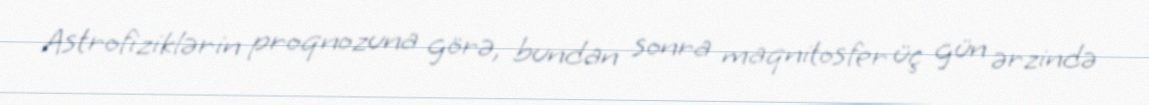
Astrofiziklərin proqnozuna görə, bundan sonra maqnitosfer üç gün ərzində